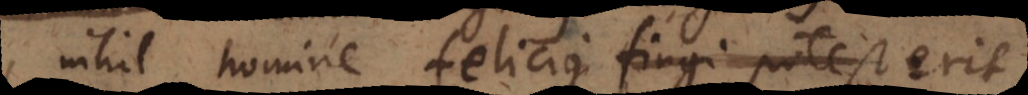
nihil homine felicius fingi potest: